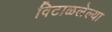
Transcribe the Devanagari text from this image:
विटाळलेल्या